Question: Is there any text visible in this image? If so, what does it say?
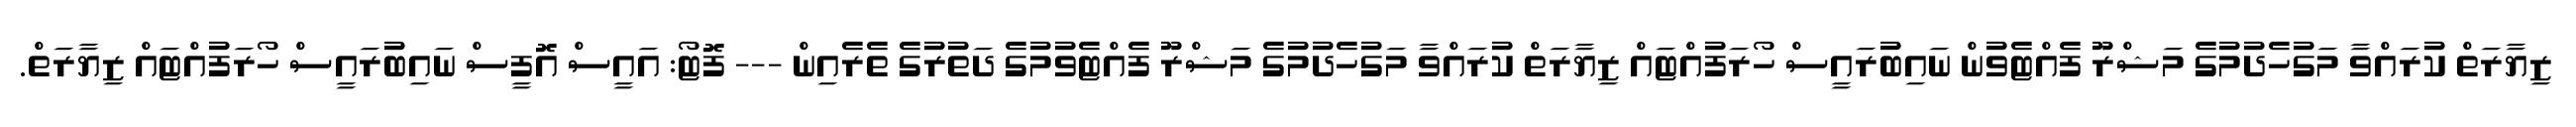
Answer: ޒިޔާރަތް ކުރައްވާ މަގުހެދުމުގެ މަޝްރޫ ފެއްޓެވުން ނައިބުރައީސް ހޯރަފުއްޓައް ޒިޔާރަތް ކުރައްވާ މަގުހެދުމުގެ މަޝްރޫ ފެއްޓެވުމުގެ ދަތުރުގެ ތެރެއިން --- ފޮޓޯ: އައީސް އޮފީސް ނައިބުރައީސް ހޯރަފުއްޓައް ޒިޔާރަތް.